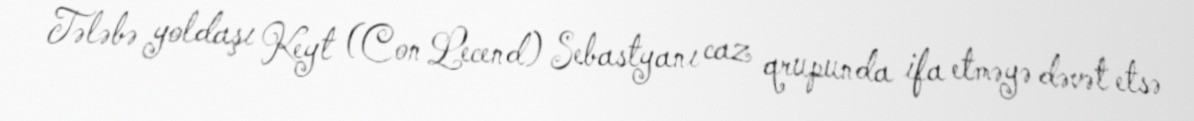
Tələbə yoldaşı Keyt (Con Lecend) Sebastyanı caz qrupunda ifa etməyə dəvət etsə